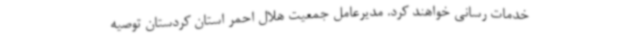
خدمات رسانی خواهند کرد. مدیرعامل جمعیت هلال احمر استان کردستان توصیه